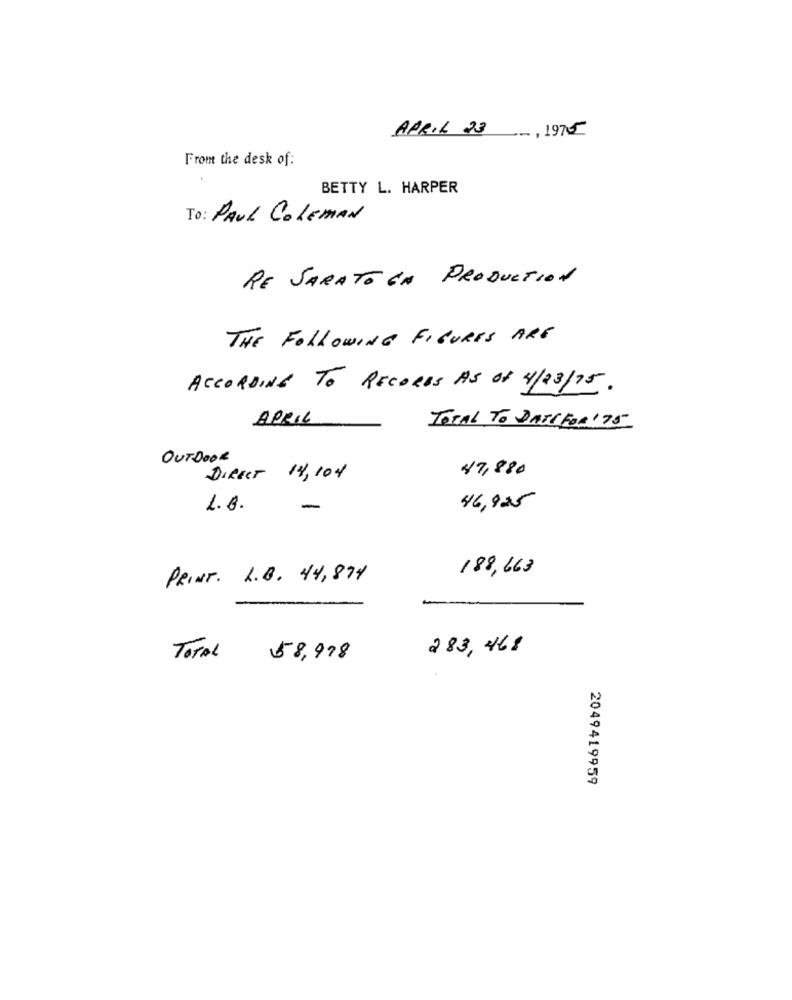
APRIL 23, 1975
From the desk of:
BETTY L. HARPER
To: PAUL COLEMAN
RE SARATO EN PRODUCTION
THE FOLLOWING FIGURES ARE
ACCORDING TO RECORDS AS OF 4/23/15.
APRIL
TOTAL TO DATE FOR '75
OUTDOOR
47,880
DIRECT 14, 104
L.G.
-
46,925
188, 663
PRINT. L.B. 44, 874
283, 468
TOTAL
58,998
2049419959